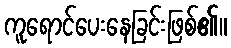
ကူရောင်ပေးနေခြင်းဖြစ်၏။